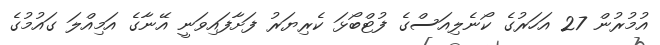
އުމުރުން 27 އަހަރުގެ ކޯނެލިއަސްގެ ފުޓްބޯޅަ ކެރިޔަރު ފަށާފައިވަނީ އޭނާގެ އަމިއްލަ ގައުމުގެ